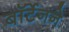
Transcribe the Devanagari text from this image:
बॉर्टेनने